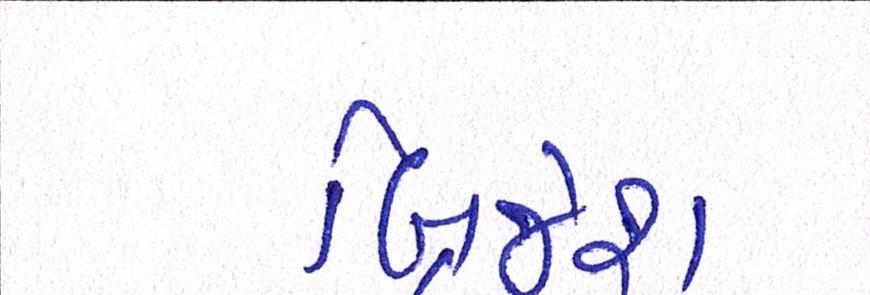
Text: બ્રિજેશ